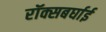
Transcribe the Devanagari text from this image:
रॉक्सबर्घाई